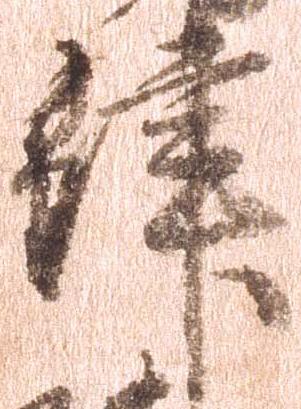
津